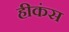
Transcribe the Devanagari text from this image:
हीकंस